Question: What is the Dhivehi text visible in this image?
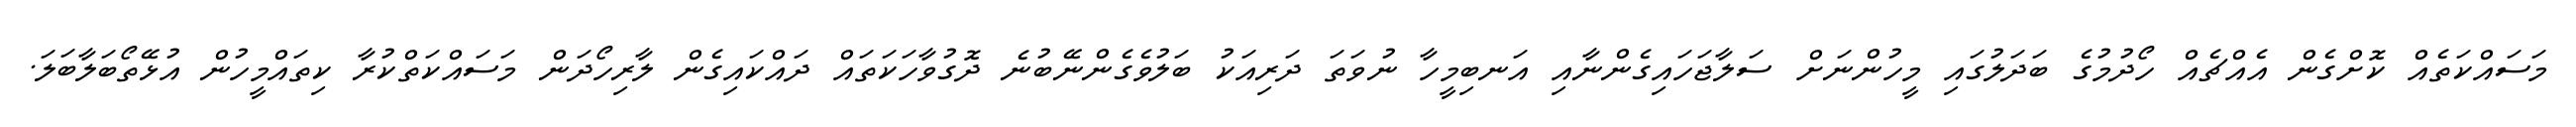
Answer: މަސައްކަތެއް ކޮށްގެން އެއްޗެއް ހޯދުމުގެ ބަދަލުގައި މީހުންނަށް ސަލާޖަހައިގެންނާއި އަނބިމީހާ ނުވަތަ ދަރިއަކު ބަލުވެގެންނޭބުނެ ދޮގުވާހަކަތައް ދައްކައިގެން ލާރިހޯދަން މަސައްކަތްކުރާ ކިތައްމީހުން އުޅޭތޯބަލާބަލަ.